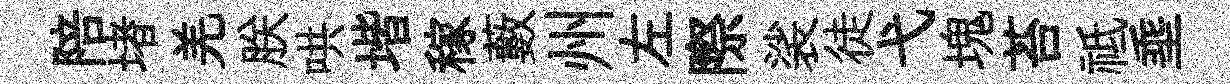
陪堵羌朕哄堦稼藪州左際裟徒弋塊苔祗埀